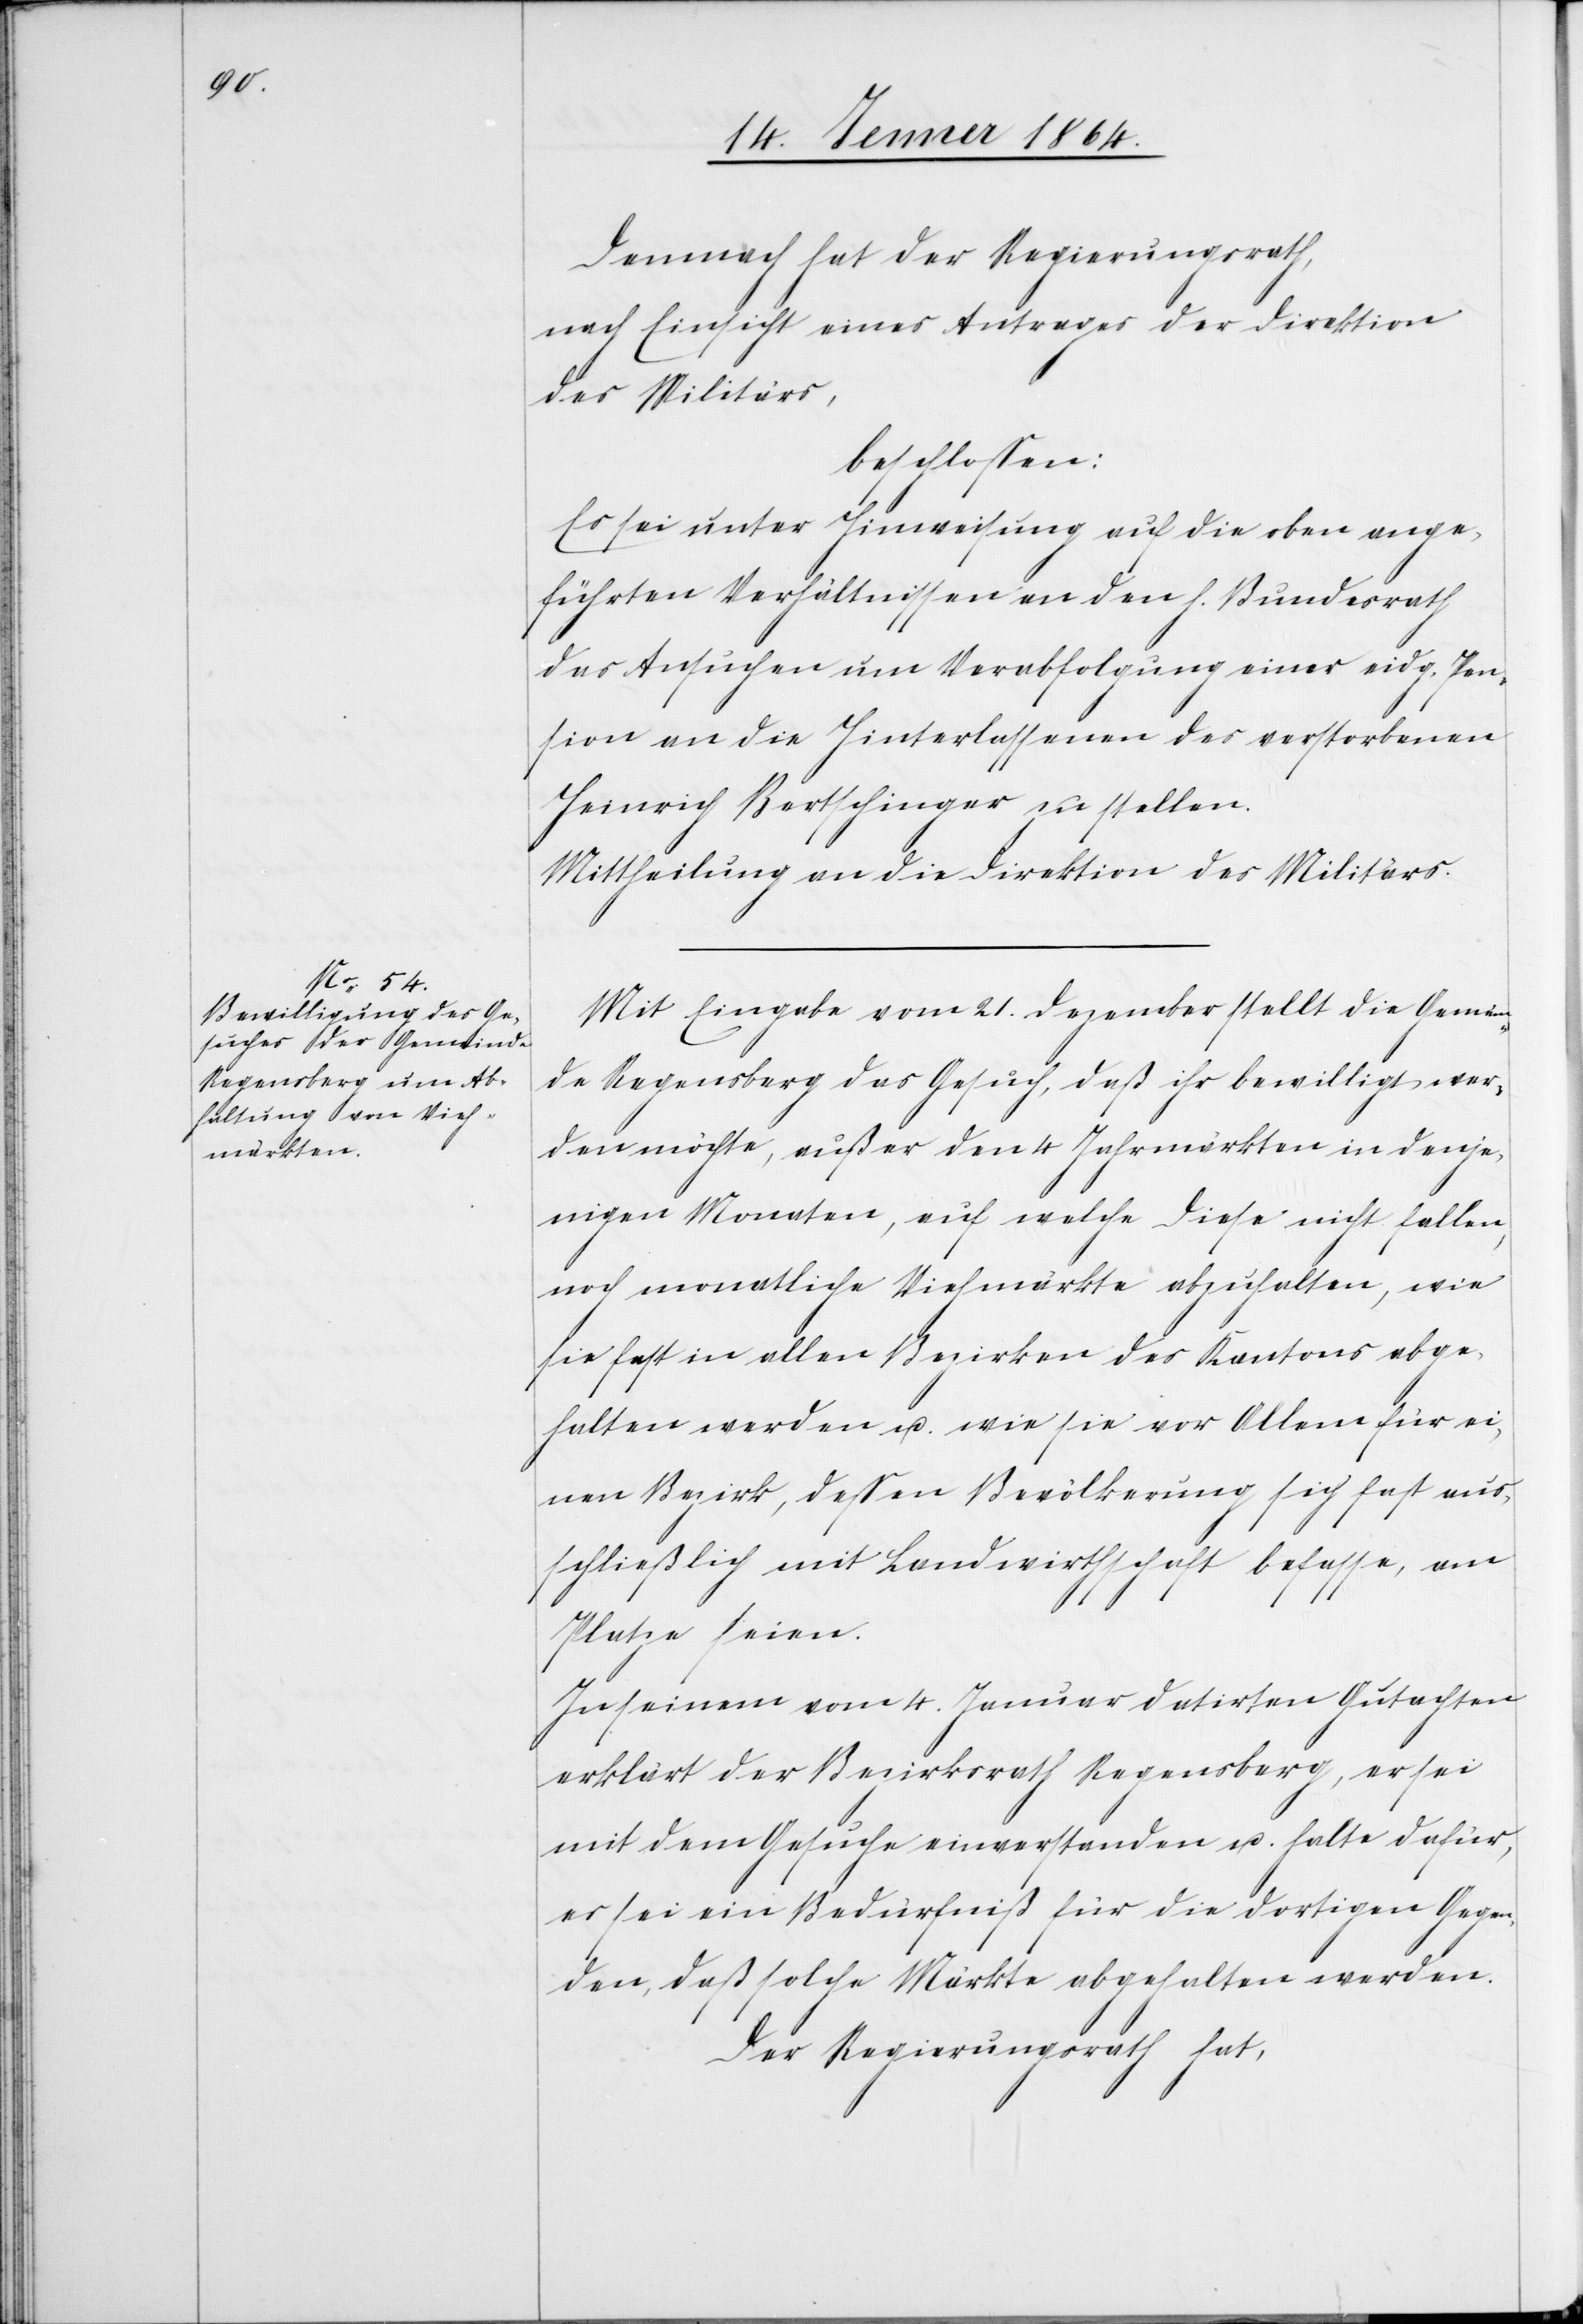
Demnach hat der Regierungsrath,
nach Einsicht eines Antrages der Direktion
des Militärs,
beschlossen:
Es sei unter Hinweisung auf die oben ange¬
führten Verhältnissen [sic!] an den h. Bundesrath
das Ansuchen um Verabfolgung einer eidg. Pen¬
sion an die Hinterlassenen des verstorbenen
Heinrich Bertschinger zu stellen.
Mittheilung an die Direktion des Militärs.
Mit Eingabe vom 21. Dezember stellt die Gemein¬
de Regensberg das Gesuch, daß ihr bewilligt wer¬
den möchte, außer den 4 Jahrmärkten in denje¬
nigen Monaten, auf welche diese nicht fallen,
noch monatliche Viehmärkte abzuhalten, wie
sie fast in allen Bezirken des Kantons abge¬
halten werden u. wie sie vor Allem für ei¬
nen Bezirk, dessen Bevölkerung sich fast aus¬
schließlich mit Landwirthschaft befasse, am
Platze seien.
In seinem vom 4. Januar datirten Gutachten
erklärt der Bezirksrath Regensberg, er sei
mit dem Gesuche einverstanden u. halte dafür,
es sei ein Bedürfniß für die dortigen Gegen¬
den, daß solche Märkte abgehalten werden.
Der Regierungsrath hat,